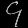
Digit: ၄